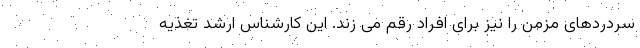
سردردهای مزمن را نیز برای افراد رقم می زند. این کارشناس ارشد تغذیه